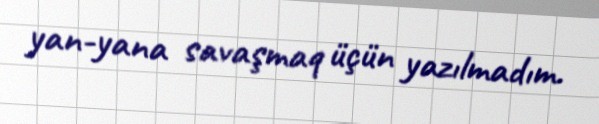
yan-yana savaşmaq üçün yazılmadım.